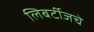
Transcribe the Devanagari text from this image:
लिबर्टीजचे